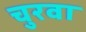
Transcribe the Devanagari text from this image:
चुरवा